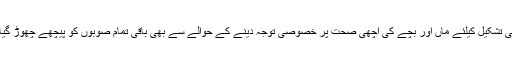
اور اِسی طرح حکومت پنجاب صحت مند معاشرے کی تشکیل کیلئے ماں اور بچے کی اچھی صحت پر خصوصی توجہ دینے کے حوالے سے بھی باقی تمام صوبوں کو پیچھے چھوڑ گیا ہے ،جسے ہرسطح ہرمقام ہرفورم پر سراہا جاتا ہے۔